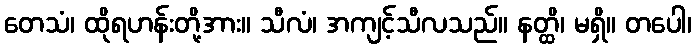
တေသံ၊ ထိုရဟန်းတို့အား။ သီလံ၊ အကျင့်သီလသည်။ နတ္ထိ၊ မရှိ။ တပေါ၊